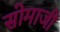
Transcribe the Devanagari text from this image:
सोमाजी